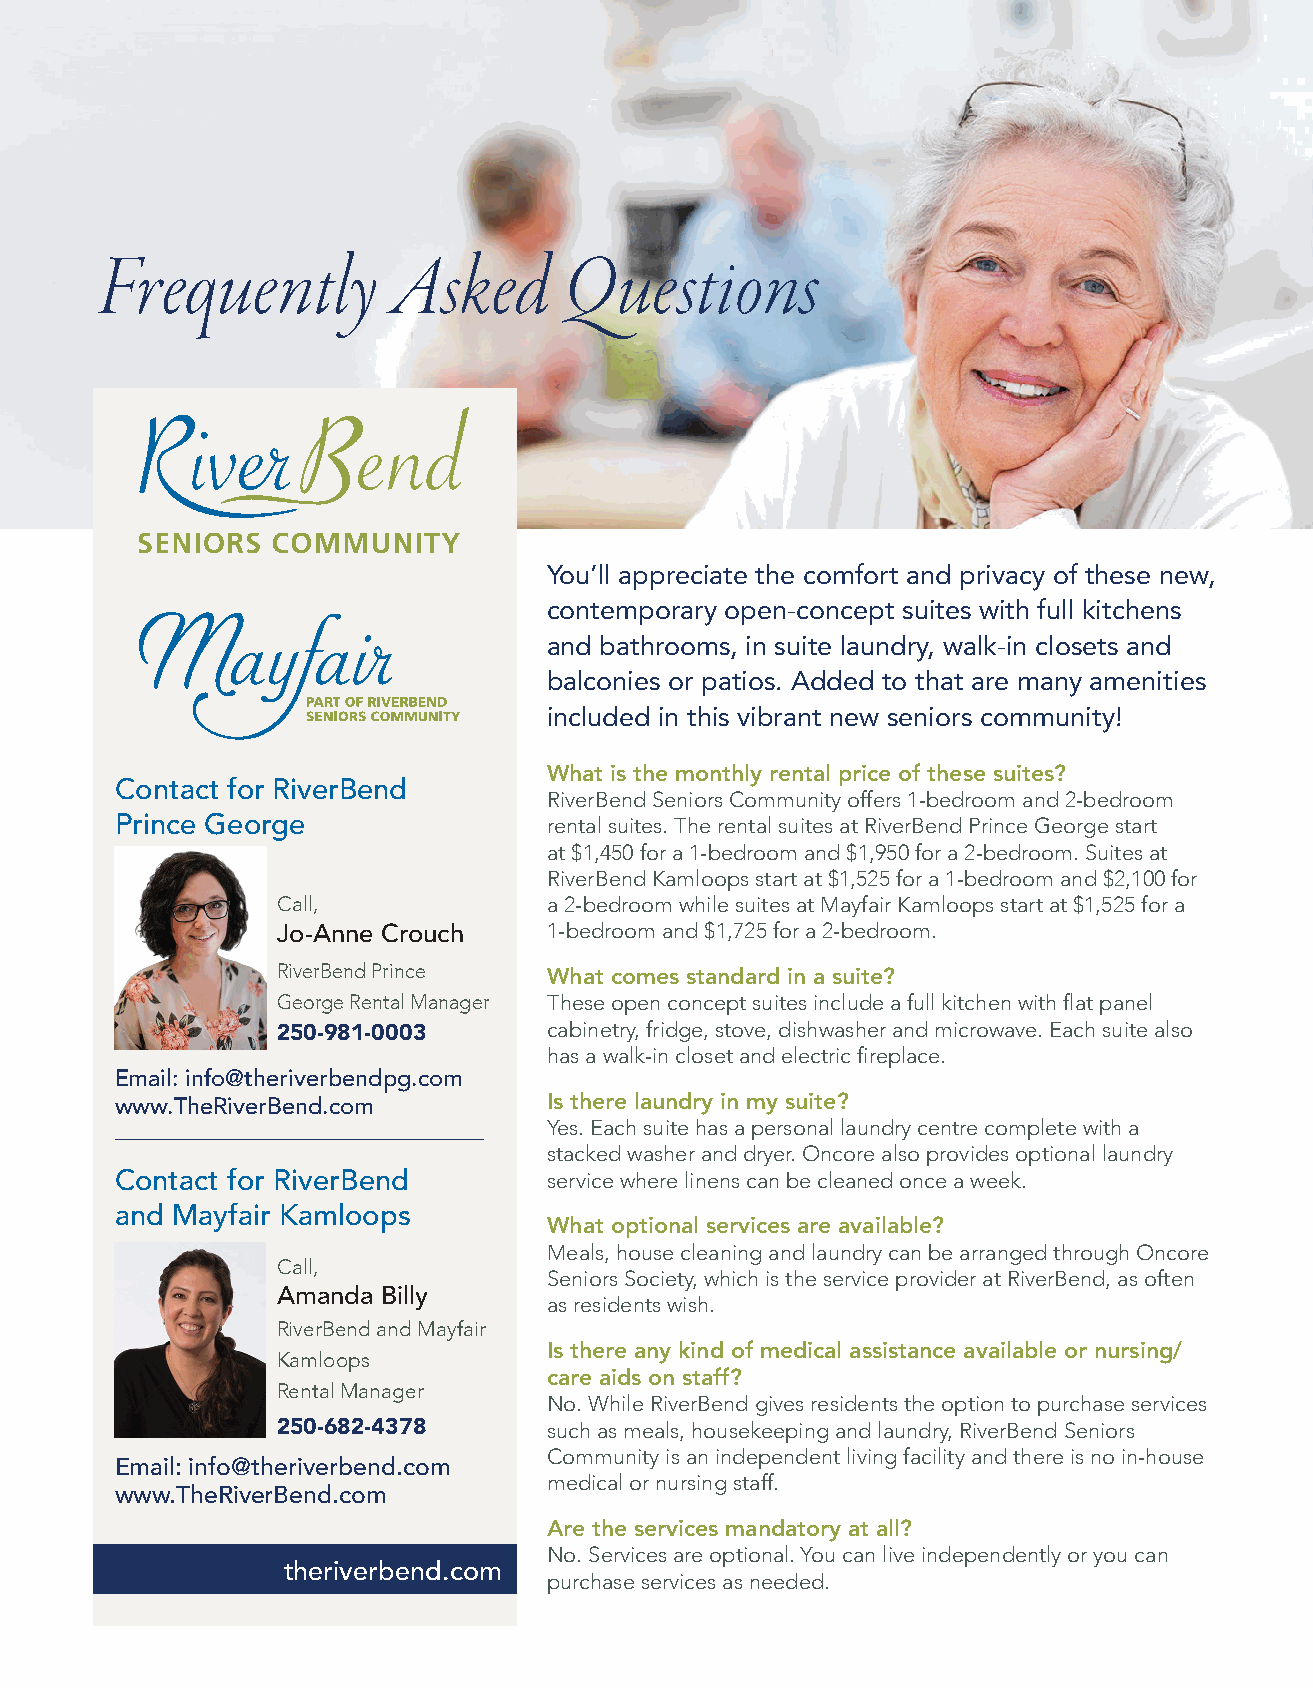
Frequently         Asked      Questions
 You’ll appreciate the comfort and privacy of these new,
 contemporary open-concept suites with full kitchens
 and bathrooms, in suite laundry, walk-in closets and
 balconies or patios. Added to that are many amenities
 included in this vibrant new seniors community!
 What is the monthly rental price of these suites?
 Contact for RiverBend
 RiverBend Seniors Community offers 1-bedroom and 2-bedroom
 Prince George               rental suites. The rental suites at RiverBend Prince George start
 at $1,450 for a 1-bedroom and $1,950 for a 2-bedroom. Suites at
 RiverBend Kamloops start at $1,525 for a 1-bedroom and $2,100 for
 Call,             a 2-bedroom while suites at Mayfair Kamloops start at $1,525 for a
 Jo-Anne Crouch    1-bedroom and $1,725 for a 2-bedroom.
 RiverBend Prince  What comes standard in a suite?
 George Rental Manager These open concept suites include a full kitchen with flat panel
 cabinetry, fridge, stove, dishwasher and microwave. Each suite also
 250-981-0003
 has a walk-in closet and electric fireplace.
 Email: info@theriverbendpg.com
 Is there laundry in my suite?
 www.TheRiverBend.com
 Yes. Each suite has a personal laundry centre complete with a
 stacked washer and dryer. Oncore also provides optional laundry
 Contact for RiverBend       service where linens can be cleaned once a week.
 and Mayfair Kamloops
 What optional services are available?
 Meals, house cleaning and laundry can be arranged through Oncore
 Call,
 Seniors Society, which is the service provider at RiverBend, as often
 Amanda Billy
 as residents wish.
 RiverBend and Mayfair
 Is there any kind of medical assistance available or nursing/
 Kamloops
 care aids on staff?
 Rental Manager
 No. While RiverBend gives residents the option to purchase services
 250-682-4378      such as meals, housekeeping and laundry, RiverBend Seniors
 Community is an independent living facility and there is no in-house
 Email: info@theriverbend.com
 medical or nursing staff.
 www.TheRiverBend.com
 Are the services mandatory at all?
 No. Services are optional. You can live independently or you can
 theriverbend.com
 purchase services as needed.